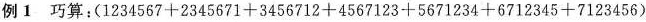
例1巧算：$$( 1 2 3 4 5 6 7 + 2 3 4 5 6 7 1 + 3 4 5 6 7 1 2 + 4 5 6 7 1 2 3 + 5 6 7 1 2 3 4 + 6 7 1 2 3 4 5 + 7 1 2 3 4 5 6 )